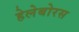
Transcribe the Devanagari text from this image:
हेलेबोरस